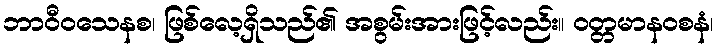
ဘာဝီဝသေနစ၊ ဖြစ်လေ့ရှိသည်၏ အစွမ်းအားဖြင့်လည်း။ ဝတ္တမာနဝစနံ၊